Calcutta medical institutions reports 1892-1900
Year: 1892
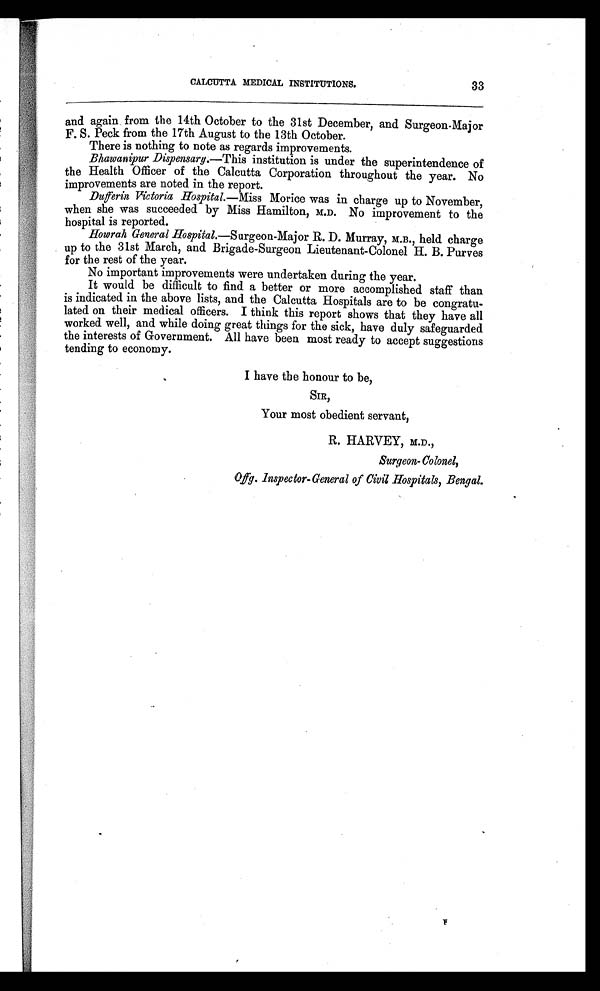
CALCUTTA MEDICAL INSTITUTIONS.
33
and again from the 14th October to the 31st December, and Surgeon-Major
F. S. Peck from the 17th August to the 13th October.
There is nothing to note as regards improvements.
Bhawanipur Dispensary .—This institution is under the superintendence of
the Health Officer of the Calcutta Corporation throughout the year. No
improvements are noted in the report.
D u f f e r i n V i c t o r i a H o s p i t a l. — M i s s M o r i c e w a s i n c h a r g e u p t o N o v e m b e r ,
when she was succeeded by Miss Hamilton, M.D. No improvement to the
hospital is reported.
Howrah General Hospital.—Surgeon-Major R.D. Murray, M.B., held charge
up to the 31st March, and. Brigade-Surgeon Lieutenant-Colonel H. B. Purves
for the rest of the year.
No important improvements were undertaken during the year.
It would be difficult to find a better or more accomplished staff than
is indicated in the above lists, and the Calcutta Hospitals are to be congratu-
lated on their medical officers. I think this report shows that they have all
worked well, and while doing great things for the sick, have duly safeguarded
the interests of Government. All have been most ready to accept suggestions
tending to economy.
I have the honour to be,
SIR,
Your most obedient servant,
R. HARVEY, M.D.,
Surgeon- Colonel,
O f f g . i n s p e c t o r - G e n e r a l o f C i v i l H o s p i t a l s , B e n g a l .